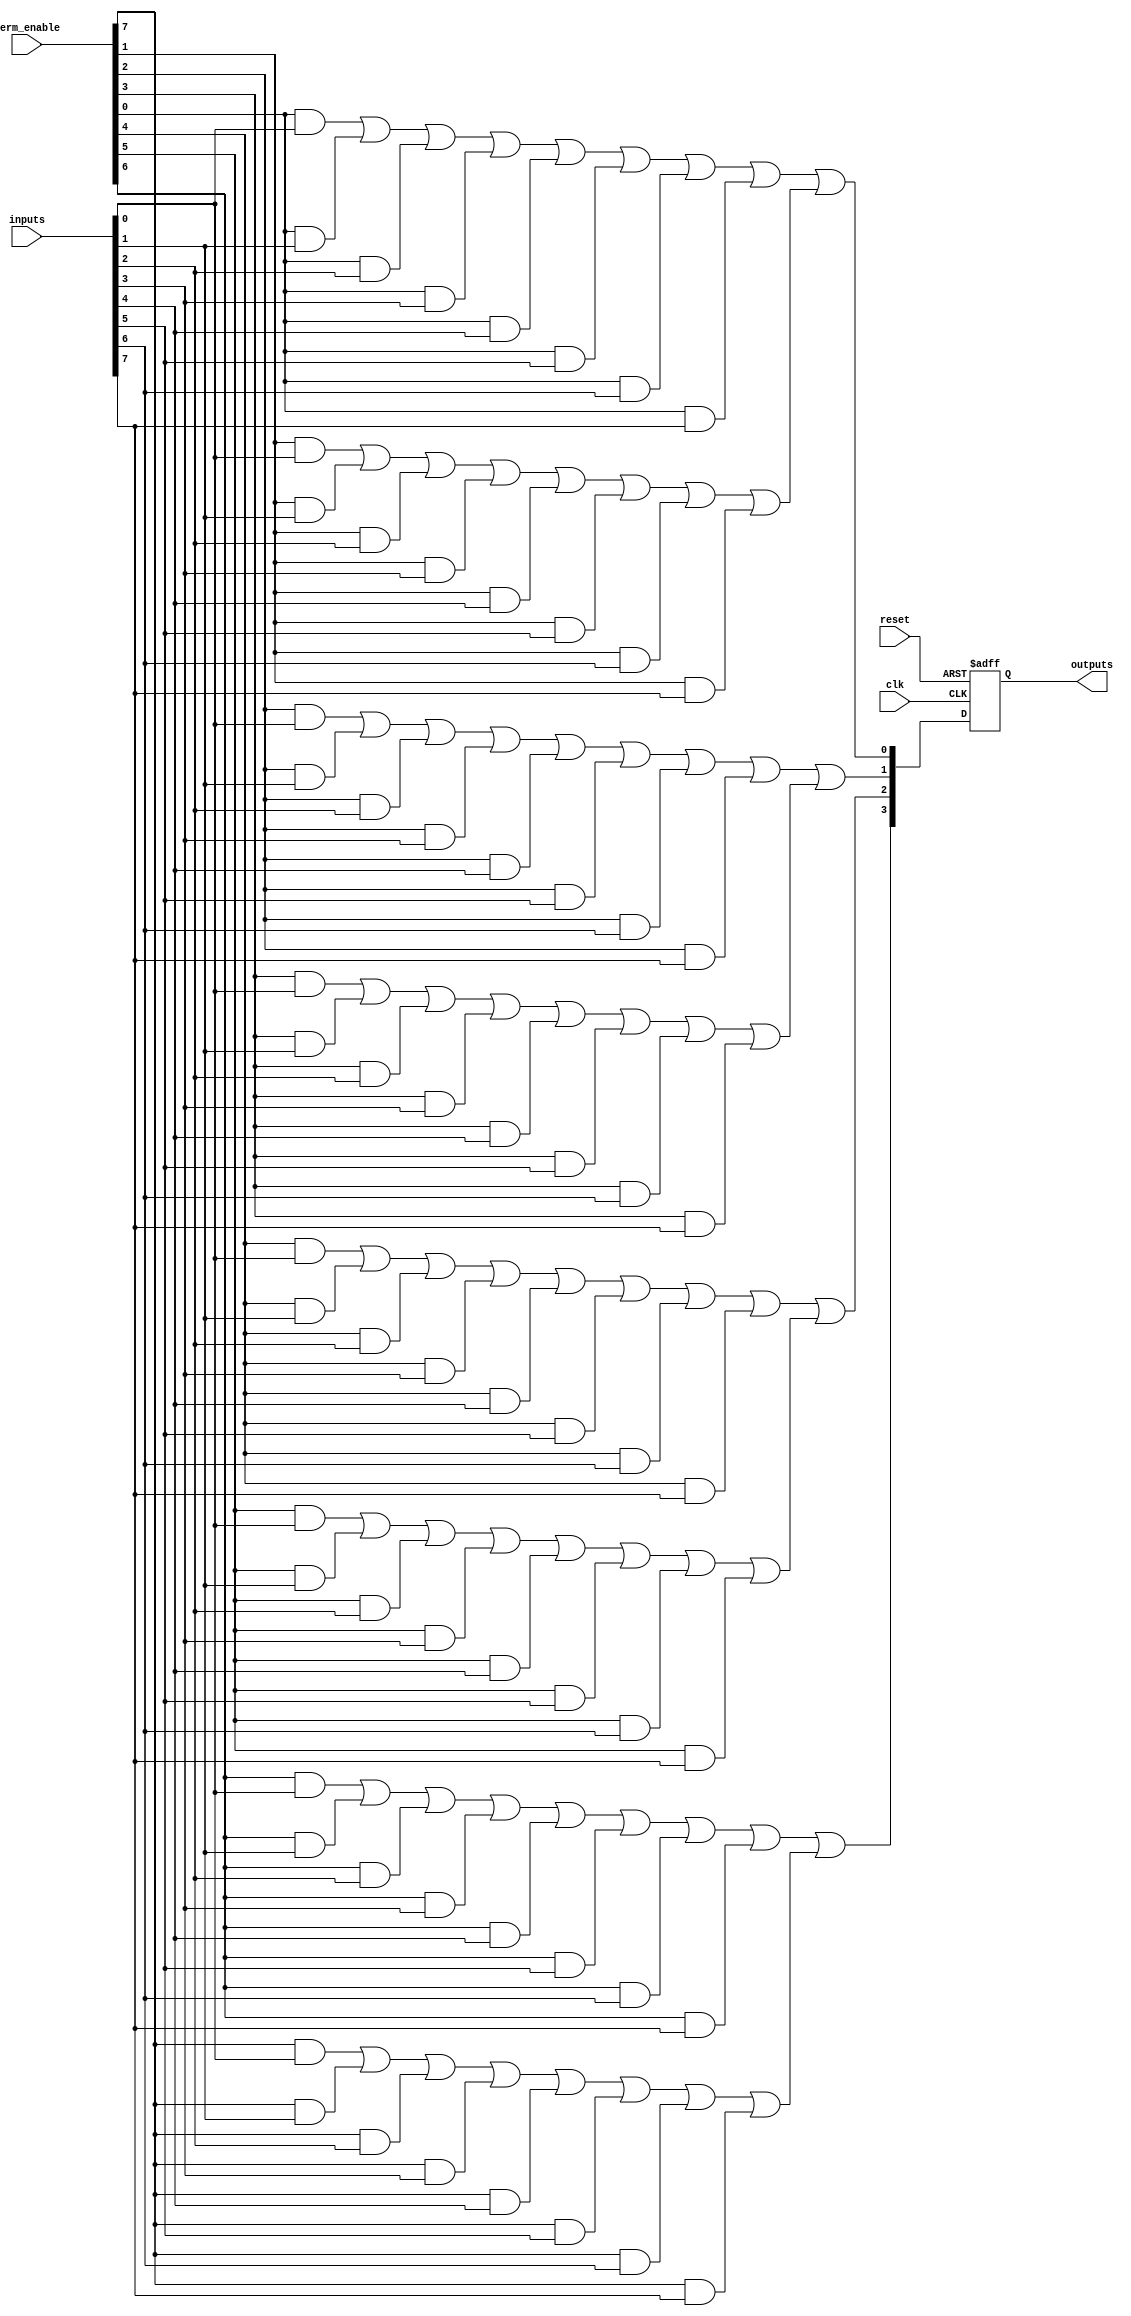
module RPAL #(
    parameter NUM_INPUTS = 8,    // Number of inputs
    parameter NUM_OUTPUTS = 4,   // Number of outputs
    parameter NUM_TERMS = 16      // Number of product terms
)(
    input wire clk,               // Clock signal
    input wire reset,             // Asynchronous reset
    input wire [NUM_INPUTS-1:0] inputs, // Input signals
    input wire [NUM_TERMS-1:0] term_enable, // Enable signals for product terms
    output reg [NUM_OUTPUTS-1:0] outputs // Registered outputs
);

    // Intermediate product terms
    wire [NUM_TERMS-1:0] product_terms;

    // AND Plane: Generate product terms based on enabled inputs
    genvar i, j;
    generate
        for (i = 0; i < NUM_TERMS; i = i + 1) begin : and_plane
            assign product_terms[i] = 
                (term_enable[i] && inputs[0]) ||
                (term_enable[i] && inputs[1]) ||
                (term_enable[i] && inputs[2]) ||
                (term_enable[i] && inputs[3]) ||
                (term_enable[i] && inputs[4]) ||
                (term_enable[i] && inputs[5]) ||
                (term_enable[i] && inputs[6]) ||
                (term_enable[i] && inputs[7]);
        end
    endgenerate

    // OR Plane: Combine product terms to generate outputs
    wire [NUM_OUTPUTS-1:0] combined_outputs;
    assign combined_outputs[0] = product_terms[0] || product_terms[1];
    assign combined_outputs[1] = product_terms[2] || product_terms[3];
    assign combined_outputs[2] = product_terms[4] || product_terms[5];
    assign combined_outputs[3] = product_terms[6] || product_terms[7];

    // Registered Outputs: Flip-flops to store outputs
    always @(posedge clk or posedge reset) begin
        if (reset) begin
            outputs <= 0; // Asynchronous reset
        end else begin
            outputs <= combined_outputs; // Register the outputs
        end
    end

endmodule